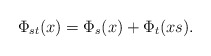
\begin{align*}\Phi_{st}(x) = \Phi_{s}(x) + \Phi_t(xs).\end{align*}